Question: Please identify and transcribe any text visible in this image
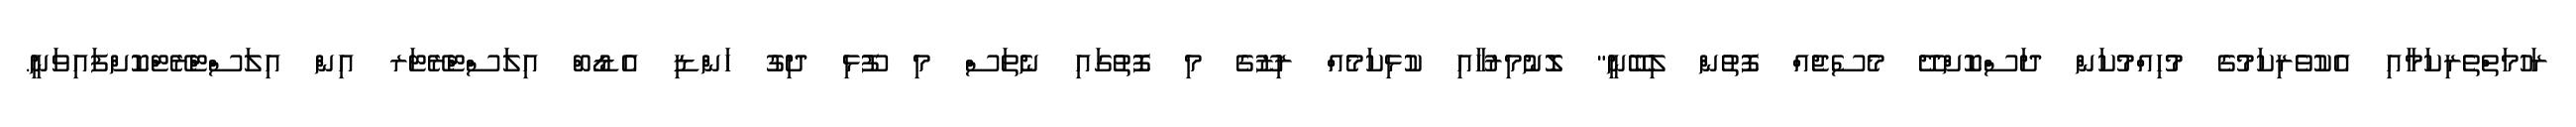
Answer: ރަހުމަތްތެރިކަމާއި އެކުވެރިކަމުގެ މުހިއްމުކަން ދަސްކޮށްދޭ މެސެޖެއް ފޮތުން ލިބޭނީ" ލޮނުމިރުހާއި ކުޅިކަމެއް ރިޒޫގެ މި ފޮތުގައި ނެތަސް މި ފޫޅި ދިގު ހަންޑި އެޑޯބް އިލަސްޓްރޭޓަރ އިން އިލަސްޓްރޭޓްކޮށްފައިވަނީ.